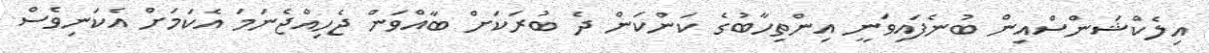
އިލެކްޝަންސްއިން ބުނެފައިވަނީ އިންތިހާބުގެ ކަންކަން ދެ ބުރަކަށް ބާއްވަން ޖެހިއްޖެނަމަ އެކަމަށް އެކަނިވެސް